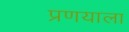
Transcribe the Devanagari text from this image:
प्रणयाला